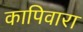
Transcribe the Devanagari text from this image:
कापिवारा